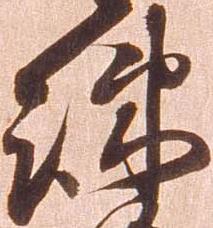
疎